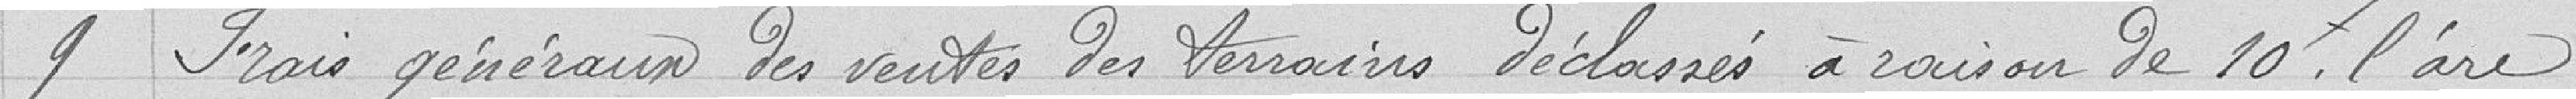
9 Frais généraux des ventes des terrains déclassés à raison de 10 francs l'are